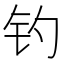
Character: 钓